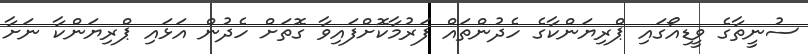
ސުނީތާގެ ވީޑިއޯގައި ޕްރިޔަންކާގެ ހެދުންތައް ފަރުމާކޮށްފައިވާ ގޮތަށް ހެދުން އަޅައި ޕްރިޔަންކާ ނަށާ